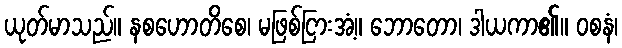
ယုတ်မာသည်။ နစဟောတိစေ၊ မဖြစ်ငြားအံ့။ ဘောတော၊ ဒါယကာ၏။ ဝစနံ၊